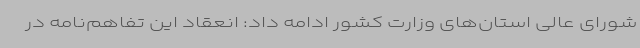
شورای عالی استان‌های وزارت کشور ادامه داد: انعقاد این تفاهم‌نامه در